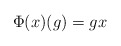
\begin{align*} \Phi(x)(g)=gx \end{align*}